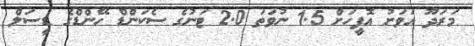
މަރަދޫ އަވަށު އޮފީހަށް 1.5 ނުވަތަ 2.0 ޓަނުގެ ސެކަންޑް ހޭންޑްގެ ޑީސަލް